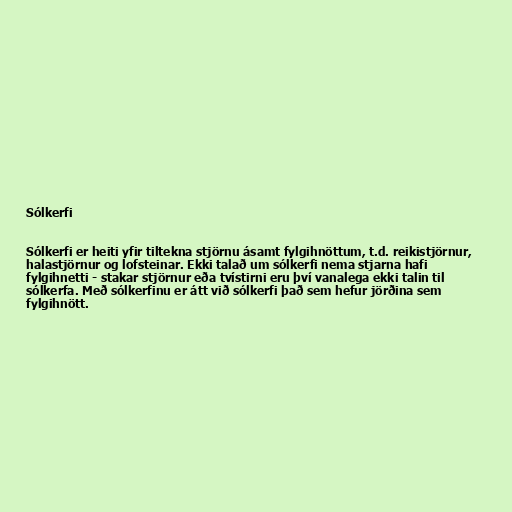
Sólkerfi

Sólkerfi er heiti yfir tiltekna stjörnu ásamt fylgihnöttum, t.d. reikistjörnur,
halastjörnur og lofsteinar. Ekki talað um sólkerfi nema stjarna hafi
fylgihnetti - stakar stjörnur eða tvístirni eru því vanalega ekki talin til
sólkerfa. Með sólkerfinu er átt við sólkerfi það sem hefur jörðina sem
fylgihnött.